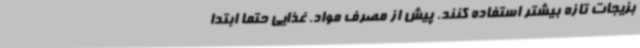
بزیجات تازه بیشتر استفاده کنند. پیش از مصرف مواد. غذایی حتما ابتدا